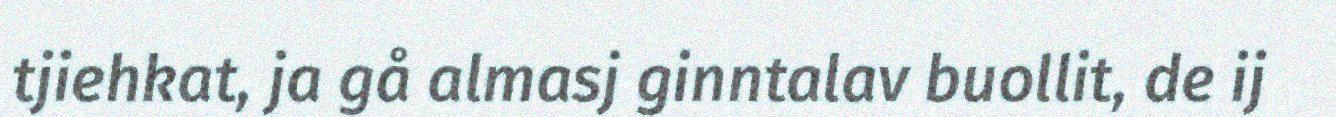
tjiehkat, ja gå almasj ginntalav buollit, de ij